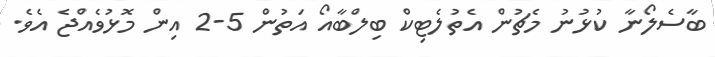
ބާސެލޯނާ ކުޅުނު މެޗުން އެތުލެޓިކް ބިލްބާއޯ އަތުން 5-2 އިން މޮޅުވެއްޖެ އެވެ.